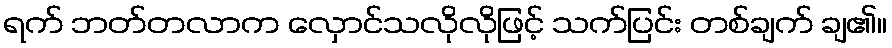
ရက် ဘတ်တလာက လှောင်သလိုလိုဖြင့် သက်ပြင်း တစ်ချက် ချ၏။